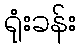
ရုံးခန်း